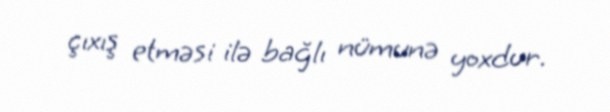
çıxış etməsi ilə bağlı nümunə yoxdur.